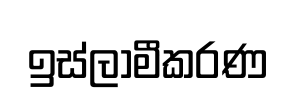
ඉස්ලාමීකරණ